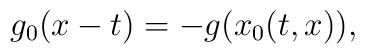
g_0(x-t) = - g(x_0(t,x)),